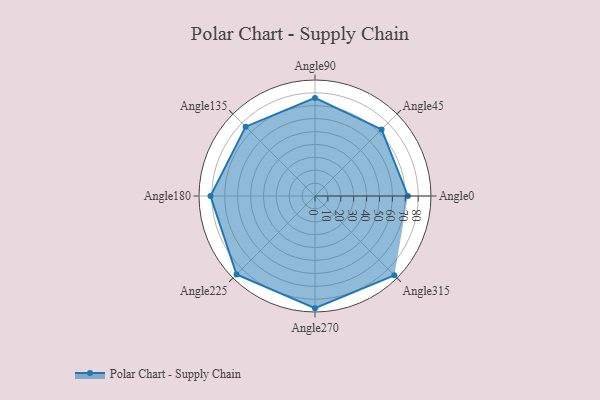
{"axis": {"x": "Angle", "y": "Radius"}, "legend": [""], "data": [{"x": "Angle0", "y": 72.0, "type": ""}, {"x": "Angle45", "y": 73.0, "type": ""}, {"x": "Angle90", "y": 76.0, "type": ""}, {"x": "Angle135", "y": 76.0, "type": ""}, {"x": "Angle180", "y": 81.0, "type": ""}, {"x": "Angle225", "y": 86.0, "type": ""}, {"x": "Angle270", "y": 87.0, "type": ""}, {"x": "Angle315", "y": 87.0, "type": ""}]}